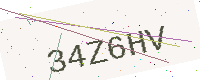
Text: 34Z6HV